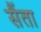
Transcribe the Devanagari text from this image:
सैंता